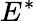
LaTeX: E^{\ast}